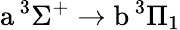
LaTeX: \textrm{a}\, ^{3}\Sigma^{+}\rightarrow\textrm{b}\, ^{3}\Pi_{1}